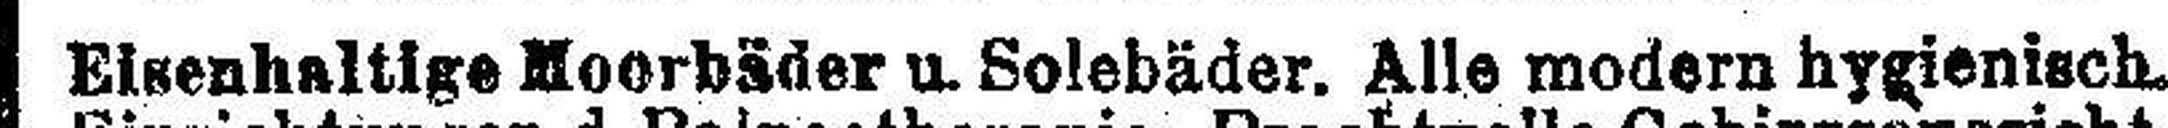
Eisenhaltige Moorbäder u. Solebäder. Alle modern hygienisch.